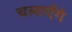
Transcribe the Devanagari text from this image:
चलाएँगे